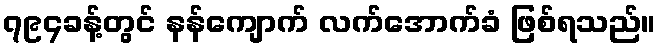
၇၉၄ခန့်တွင် နန်ကျောက် လက်အောက်ခံ ဖြစ်ရသည်။